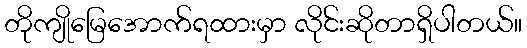
တိုကျိုမြေအောက်ရထားမှာ လိုင်းဆိုတာရှိပါတယ်။